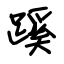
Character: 蹊